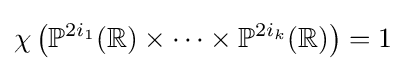
\chi \left(\mathbb {P} ^{2i_{1}}(\mathbb {R} )\times \cdots \times \mathbb {P} ^{2i_{k}}(\mathbb {R} )\right)=1